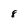
Character: 8